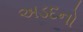
અડદનો